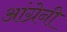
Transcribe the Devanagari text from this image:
आंग्रेनी